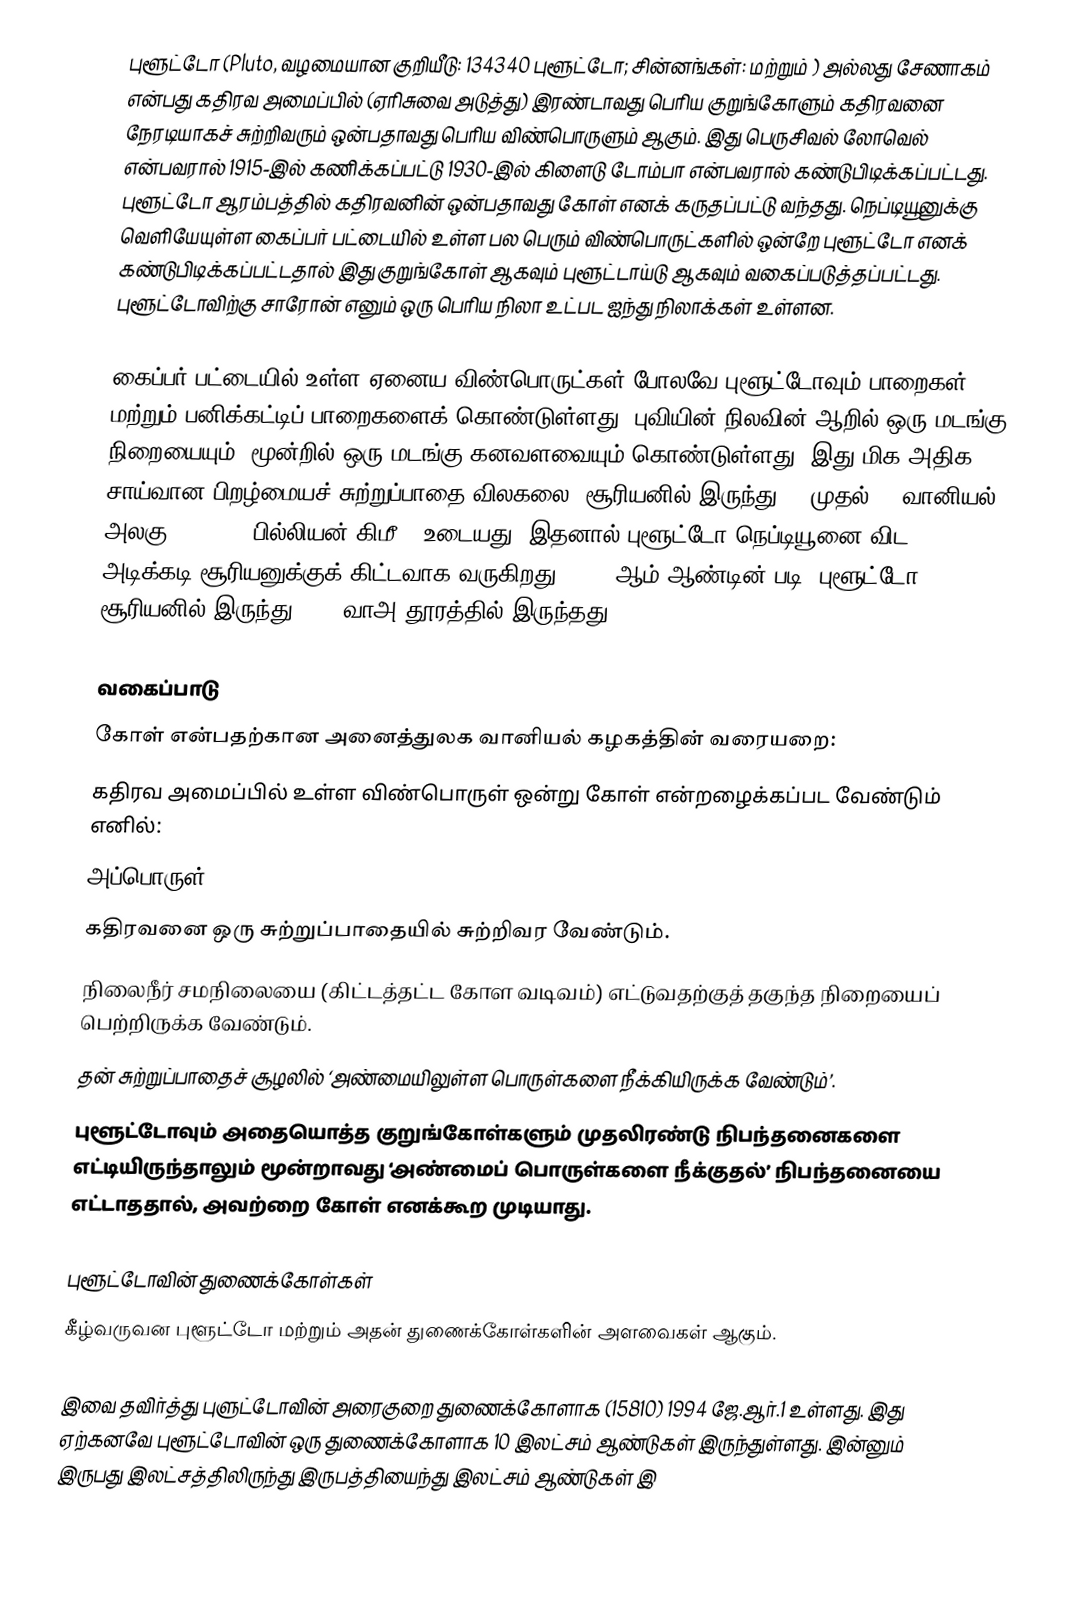
புளூட்டோ (Pluto, வழமையான குறியீடு: 134340 புளூட்டோ; சின்னங்கள்:  மற்றும் ) அல்லது சேணாகம் என்பது கதிரவ அமைப்பில் (ஏரிசுவை அடுத்து) இரண்டாவது பெரிய குறுங்கோளும் கதிரவனை நேரடியாகச் சுற்றிவரும் ஒன்பதாவது பெரிய விண்பொருளும் ஆகும். இது பெருசிவல் லோவெல் என்பவரால் 1915-இல் கணிக்கப்பட்டு 1930-இல் கிளைடு டோம்பா என்பவரால் கண்டுபிடிக்கப்பட்டது. புளூட்டோ ஆரம்பத்தில் கதிரவனின் ஒன்பதாவது கோள் எனக் கருதப்பட்டு வந்தது. நெப்டியூனுக்கு வெளியேயுள்ள கைப்பர் பட்டையில் உள்ள பல பெரும் விண்பொருட்களில் ஒன்றே புளூட்டோ எனக் கண்டுபிடிக்கப்பட்டதால் இது குறுங்கோள் ஆகவும் புளூட்டாய்டு ஆகவும் வகைப்படுத்தப்பட்டது. புளூட்டோவிற்கு சாரோன் எனும் ஒரு பெரிய நிலா உட்பட ஐந்து நிலாக்கள் உள்ளன.

கைப்பர் பட்டையில் உள்ள ஏனைய விண்பொருட்கள் போலவே புளூட்டோவும் பாறைகள், மற்றும் பனிக்கட்டிப் பாறைகளைக் கொண்டுள்ளது. புவியின் நிலவின் ஆறில் ஒரு மடங்கு நிறையையும், மூன்றில் ஒரு மடங்கு கனவளவையும் கொண்டுள்ளது. இது மிக அதிக சாய்வான பிறழ்மையச் சுற்றுப்பாதை விலகலை (சூரியனில் இருந்து 30 முதல் 49 வானியல் அலகு (4.4–7.4 பில்லியன் கிமீ)) உடையது. இதனால் புளூட்டோ நெப்டியூனை விட அடிக்கடி சூரியனுக்குக் கிட்டவாக வருகிறது. 2011 ஆம் ஆண்டின் படி, புளூட்டோ சூரியனில் இருந்து 32.1 வாஅ தூரத்தில் இருந்தது

வகைப்பாடு
கோள் என்பதற்கான அனைத்துலக வானியல் கழகத்தின் வரையறை:
கதிரவ அமைப்பில் உள்ள விண்பொருள் ஒன்று கோள் என்றழைக்கப்பட வேண்டும் எனில்:
அப்பொருள்
 கதிரவனை ஒரு சுற்றுப்பாதையில் சுற்றிவர வேண்டும்.
 நிலைநீர் சமநிலையை (கிட்டத்தட்ட கோள வடிவம்) எட்டுவதற்குத் தகுந்த நிறையைப் பெற்றிருக்க வேண்டும்.
 தன் சுற்றுப்பாதைச் சூழலில் ‘அண்மையிலுள்ள பொருள்களை நீக்கியிருக்க வேண்டும்’.
புளூட்டோவும் அதையொத்த குறுங்கோள்களும் முதலிரண்டு நிபந்தனைகளை எட்டியிருந்தாலும் மூன்றாவது ‘அண்மைப் பொருள்களை நீக்குதல்’ நிபந்தனையை எட்டாததால், அவற்றை கோள் எனக்கூற முடியாது.

புளூட்டோவின் துணைக்கோள்கள்
கீழ்வருவன புளூட்டோ மற்றும் அதன் துணைக்கோள்களின் அளவைகள் ஆகும்.

இவை தவிர்த்து புளுட்டோவின் அரைகுறை துணைக்கோளாக (15810) 1994 ஜே.ஆர்.1 உள்ளது. இது ஏற்கனவே புளூட்டோவின் ஒரு துணைக்கோளாக 10 இலட்சம் ஆண்டுகள் இருந்துள்ளது. இன்னும் இருபது இலட்சத்திலிருந்து இருபத்தியைந்து இலட்சம் ஆண்டுகள் இ